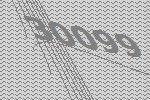
30099